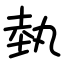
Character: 埶